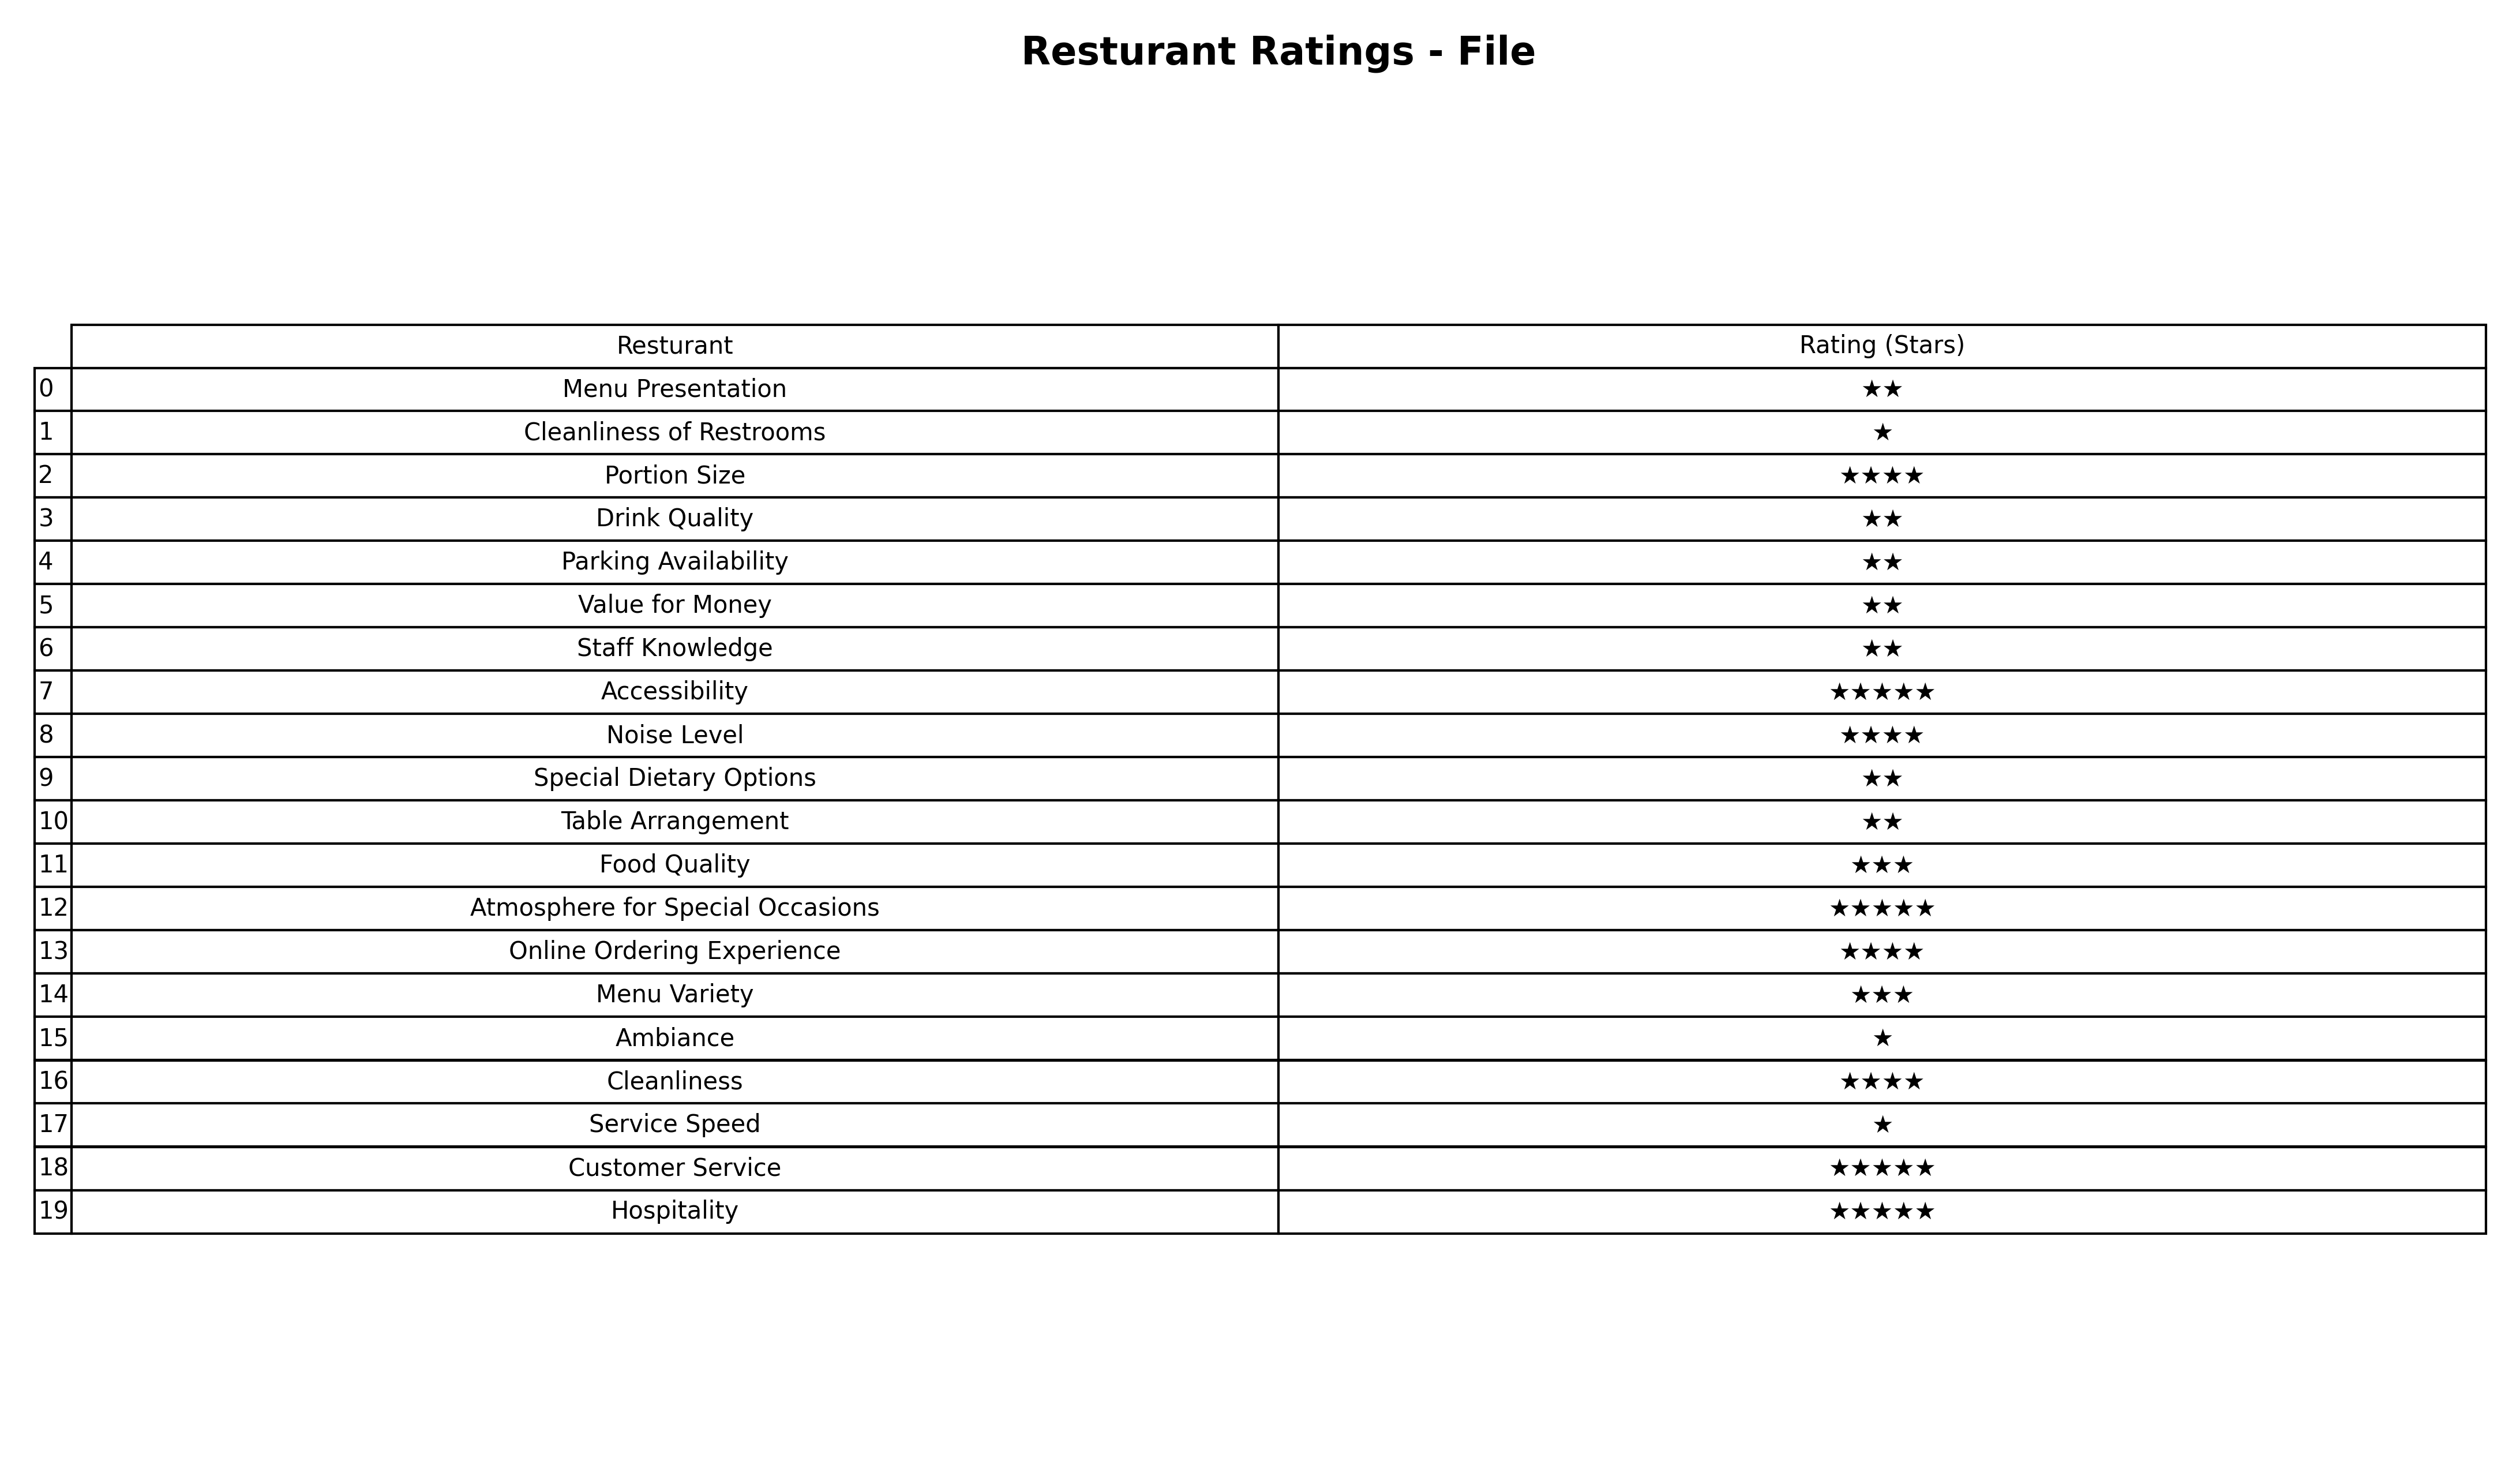
question: What are one star services?
answer: Cleanliness of RestroomsAmbianceService Speed